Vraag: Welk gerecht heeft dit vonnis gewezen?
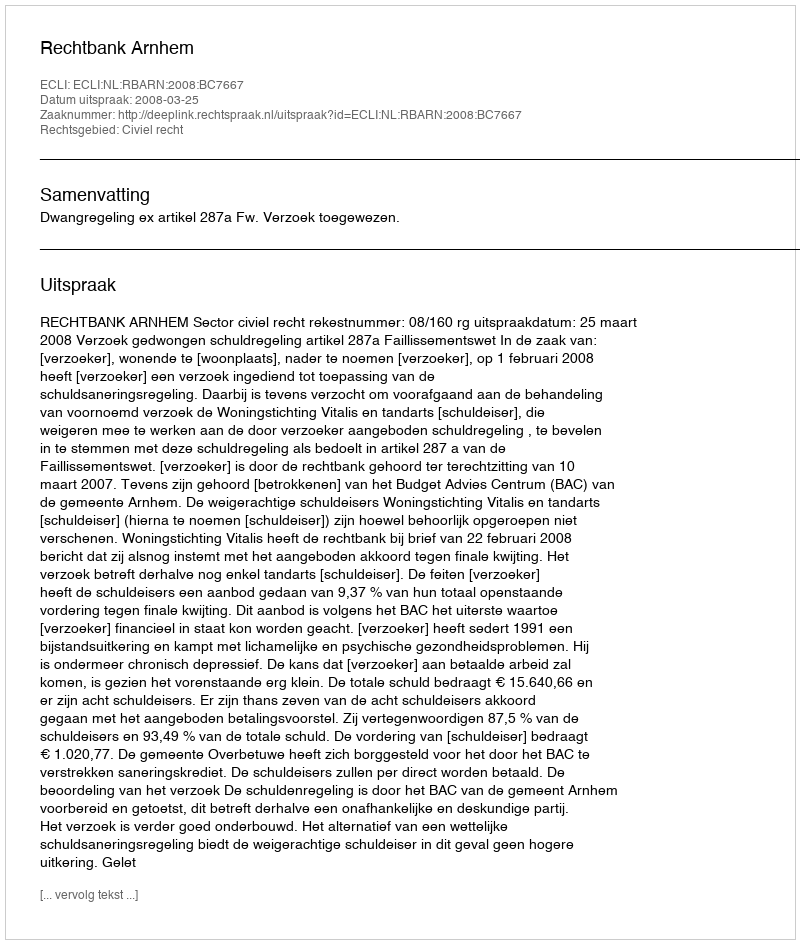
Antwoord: Rechtbank Arnhem